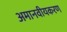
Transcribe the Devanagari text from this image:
अमानवीयकरण